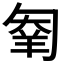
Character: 𠣮